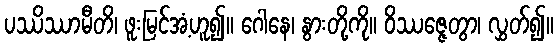
ပဿိဿာမီတိ၊ ဖူးမြင်အံ့ဟူ၍။ ဂေါနေ၊ နွားတို့ကို။ ဝိဿဇ္ဇေတွာ၊ လွှတ်၍။